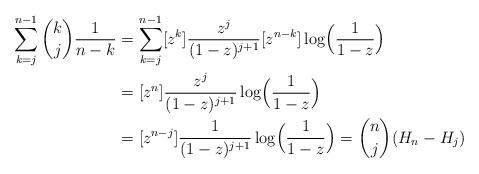
LaTeX: \begin{align*} \sum_{k=j}^{n-1}\binom{k}{j}\frac{1}{n-k}&= \sum_{k=j}^{n-1}[z^{k}]\frac{z^{j}}{(1-z)^{j+1}} [z^{n-k}]\log\Bigl(\frac{1}{1-z}\Bigr)\\&=[z^{n}]\frac{z^{j}}{(1-z)^{j+1}} \log\Bigl(\frac{1}{1-z}\Bigr)\\&= [z^{n-j}]\frac{1}{(1-z)^{j+1}}\log\Bigl(\frac{1}{1-z}\Bigr)= \binom{n}{j}(H_n-H_j)\end{align*}